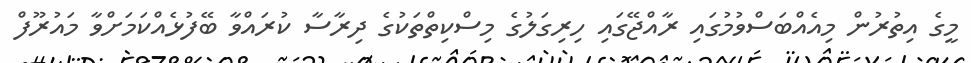
މީގެ އިތުރުން މިއެއްބަސްވުމުގައި ރާއްޖޭގައި ހިރިގަލުގެ މިސްކިތްތަކުގެ ދިރާސާ ކުރައްވާ ބޭފުޅެއްކަމަށްވާ މައުރޫފް